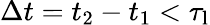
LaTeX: \Delta t=t_{2}-t_{1}<\tau_{\mathrm{l}}